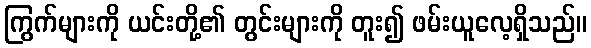
ကြွက်များကို ယင်းတို့၏ တွင်းများကို တူး၍ ဖမ်းယူလေ့ရှိသည်။